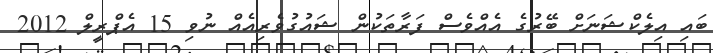
ބައި އިލެކްޝަނަށް ބޭރުގެ އެއްވެސް ފަރާތަކުން ޝައުގުވެރިއެއް ނުވި 15 އެޕްރީލް 2012